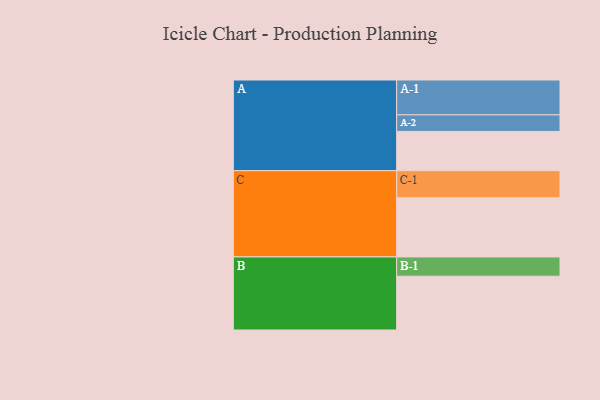
{"axis": {"x": "Segment", "y": "Value"}, "legend": ["", "A", "B", "C"], "data": [{"x": "A", "y": 303, "type": ""}, {"x": "B", "y": 415, "type": ""}, {"x": "C", "y": 457, "type": ""}, {"x": "A-1", "y": 269, "type": "A"}, {"x": "A-2", "y": 128, "type": "A"}, {"x": "B-1", "y": 149, "type": "B"}, {"x": "C-1", "y": 209, "type": "C"}]}